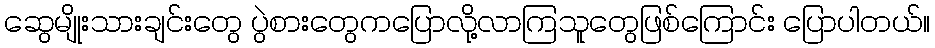
ဆွေမျိုးသားချင်းတွေ ပွဲစားတွေကပြောလို့လာကြသူတွေဖြစ်ကြောင်း ပြောပါတယ်။